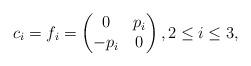
LaTeX: \begin{align*}c_i=f_i=\begin{pmatrix}0&p_i\\-p_i&0\end{pmatrix}, 2\leq i\leq 3,\end{align*}